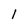
Character: 1